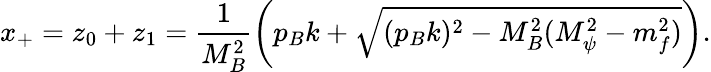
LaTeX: x_{+}=z_{0}+z_{1}=\frac{1}{M_{B}^{2}}\left(p_{B}k+\sqrt{(p_{B}k)^{2}-M_{B}^{2}(M_{\psi}^{2}-m_{f}^{2})}\right).